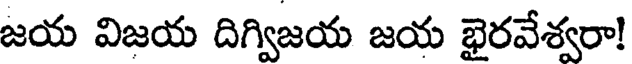
జయ విజయ దిగ్విజయ జయ భైరవేశ్వరా!